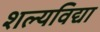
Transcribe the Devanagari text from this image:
शल्यविद्या